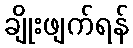
ချိုးဖျက်ရန်